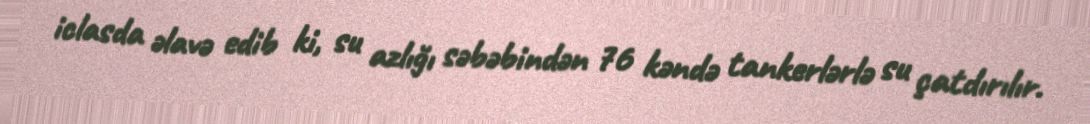
iclasda əlavə edib ki, su azlığı səbəbindən 76 kəndə tankerlərlə su çatdırılır.